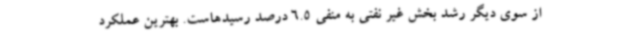
از سوی دیگر رشد بخش غیر نفتی به منفی 6.5 درصد رسیدهاست. بهترین عملکرد